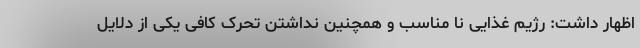
اظهار داشت: رژیم غذایی نا مناسب و همچنین نداشتن تحرک کافی یکی از دلایل